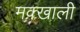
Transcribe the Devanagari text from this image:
मक्खाली